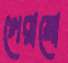
গেরামো